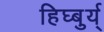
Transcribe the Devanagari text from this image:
हिघ्बुर्य्